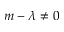
m - \lambda \neq 0